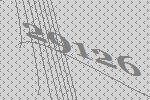
29126